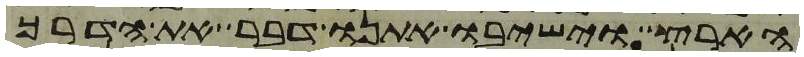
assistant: הארץ וישיבו אתנו דבר את הדרך